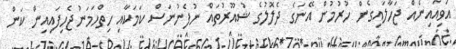
އަވިއައިނެއް ޖަހާލައިގެން ހުރުމުން އޭނަގެ ދެލޮލުގެ ޝުއޫރުތައް ނުފެނުނަސް ކަމަކާއި ހިތްހަމަނުޖެހިފައިއިން ކަން